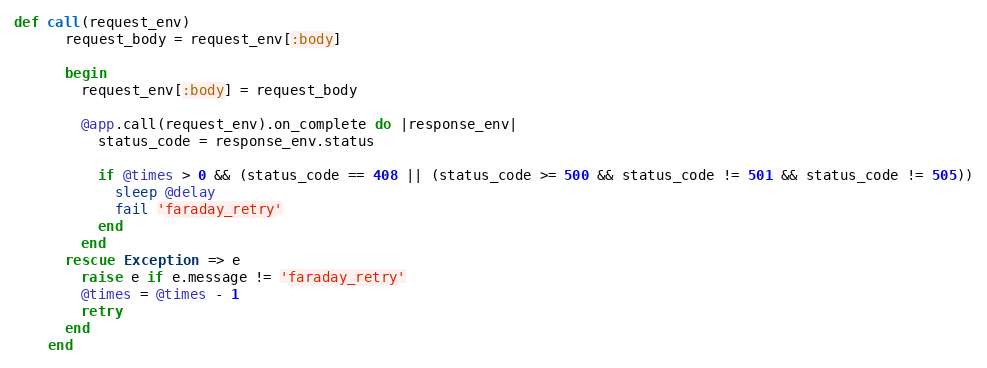
Language: Ruby
def call(request_env)
      request_body = request_env[:body]

      begin
        request_env[:body] = request_body

        @app.call(request_env).on_complete do |response_env|
          status_code = response_env.status

          if @times > 0 && (status_code == 408 || (status_code >= 500 && status_code != 501 && status_code != 505))
            sleep @delay
            fail 'faraday_retry'
          end
        end
      rescue Exception => e
        raise e if e.message != 'faraday_retry'
        @times = @times - 1
        retry
      end
    end